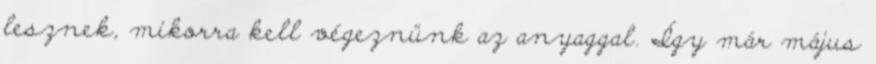
lesznek, mikorra kell végeznünk az anyaggal. Így már május